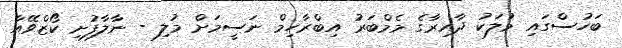
ބަހުސްގައި މުލަކު ދާއިރާގެ މެމްބަރު އިބްރާހިމް ނަސީމަށް މުލި - ނާލާފުށި ކޯޒްވޭއާ